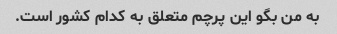
به من بگو این پرچم متعلق به کدام کشور است.